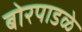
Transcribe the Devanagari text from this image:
बोरपाडळे